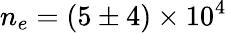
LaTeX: n_{e}=(5\pm 4)\times 10^{4}